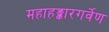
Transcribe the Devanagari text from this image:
महाहङ्कारगर्वेण